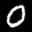
Label: 0